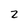
Character: 2